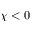
\chi < 0